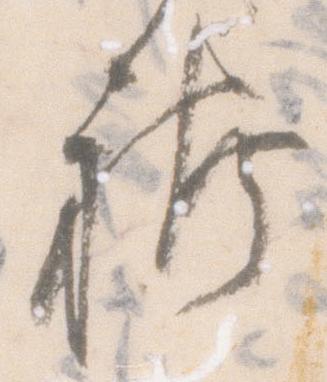
袴